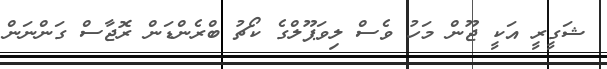
ޝަގީރީ އަކީ ޖޫން މަހު ވެސް ލިވަޕޫލްގެ ކޯޗު ބްރެންޑަން ރޮޖާސް ގަންނަން